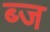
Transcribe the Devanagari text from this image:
ब्ज